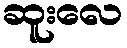
ဆူးလေ